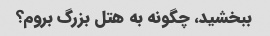
ببخشید، چگونه به هتل بزرگ بروم؟